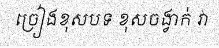
ច្រៀងខុសបទ ខុសចង្វាក់ វា